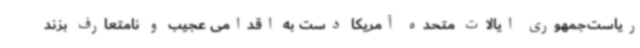
ریاست‌جمهوری ایالات متحده آمریکا دست به اقدامی عجیب و نامتعارف بزند